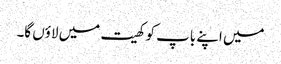
میں اپنے باپ کو کھیت میں لاؤں گا۔